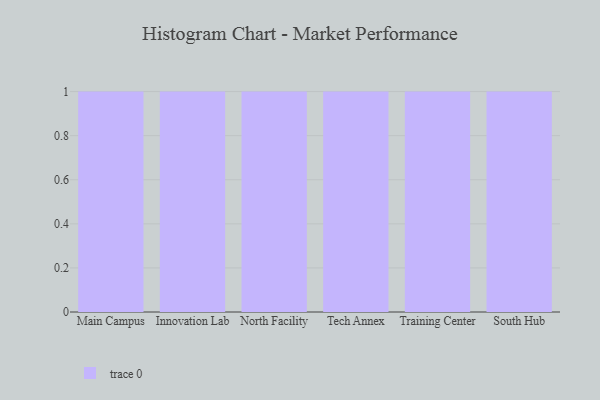
{"axis": {"x": "Campus", "y": "Headcount"}, "legend": [""], "data": [{"x": "Main Campus", "y": 40, "type": ""}, {"x": "Innovation Lab", "y": 16, "type": ""}, {"x": "North Facility", "y": 88, "type": ""}, {"x": "Tech Annex", "y": 8, "type": ""}, {"x": "Training Center", "y": 10, "type": ""}, {"x": "South Hub", "y": 44, "type": ""}]}